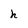
Character: h